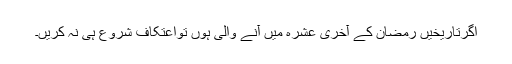
اگرتاریخیں رَمَضان کے آخِری عَشرہ میں آنے والی ہوں تواِعْتِکاف شروع ہی نہ کریں۔